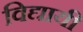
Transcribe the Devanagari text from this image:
विद्यायी